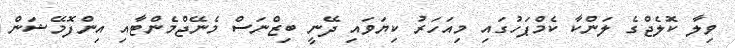
ވިލާ ކޮލެޖްގެ ލަންކާ ކެމްޕަހުގައި މިއަހަރު ކިޔަވައި ދޭނީ ބިޒްނަސް މެނޭޖްމެންޓާއި އިންފޮމޭޝަން